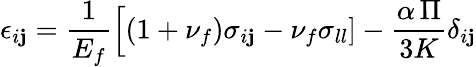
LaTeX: \epsilon_{i\mathbf{j}}=\frac{{1}}{{E_{f}}}\Big[(1+\nu_{f})\sigma_{i\mathbf{j}}-\nu_{f}\sigma_{ll}]-\frac{{\alpha\, \Pi}}{{3K}}\delta_{i\mathbf{j}}